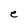
Character: e